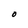
Character: O